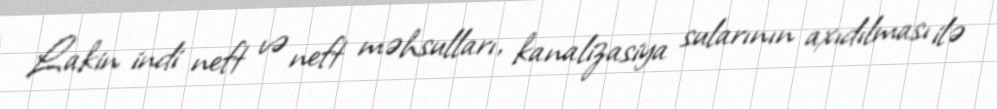
Lakin indi neft və neft məhsulları, kanalizasiya sularının axıdılması ilə